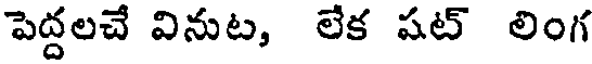
పెద్దలచే వినుట, లేక షట్ లింగ